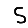
Digit: 5